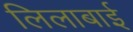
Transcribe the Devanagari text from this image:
लिलाबाई